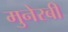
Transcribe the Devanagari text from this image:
मुनेरबी